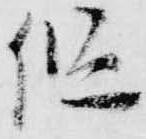
但